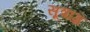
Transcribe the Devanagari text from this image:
सूत्राग्र